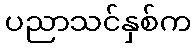
ပညာသင်နှစ်က